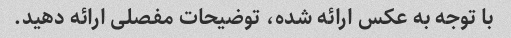
با توجه به عکس ارائه شده، توضیحات مفصلی ارائه دهید.